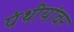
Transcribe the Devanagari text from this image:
पंथीयांवर